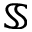
\mathbb S